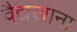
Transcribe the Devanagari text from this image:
वैद्यखाना